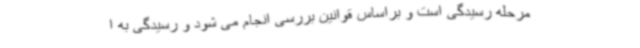
مرحله رسیدگی است و براساس قوانین بررسی انجام می شود و رسیدگی به ا